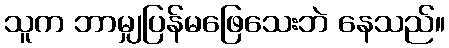
သူက ဘာမျှပြန်မဖြေသေးဘဲ နေသည်။